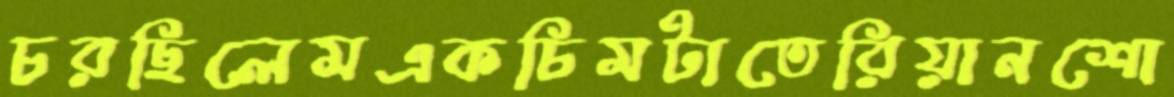
চরছিলেমএকচিমটাতেরিয়ানশো